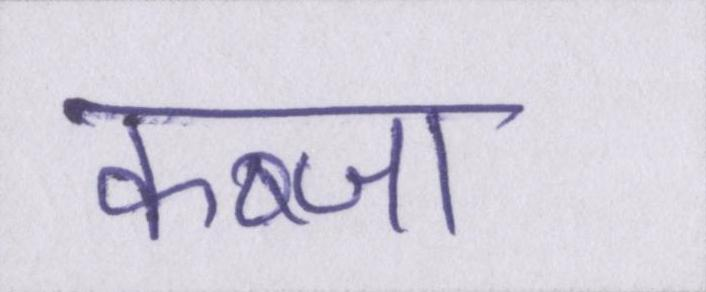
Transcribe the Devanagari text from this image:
कब्जा